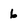
Character: 6